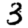
Digit: 3